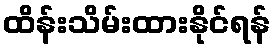
ထိန်းသိမ်းထားနိုင်ရန်